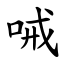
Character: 㖑